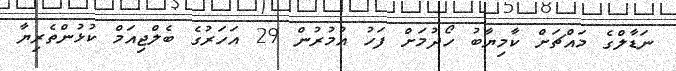
ނަޑާލްގެ މައްޗަށް ކާމިޔާބު ހޯދުމަށް ފަހު އުމުރުން 29 އަހަރުގެ ބެލްޖިއަމް ކުޅުންތެރިޔާ